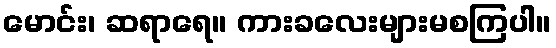
မောင်း၊ ဆရာရေ။ ကားခလေးများမစကြပါ။